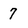
Character: 7